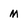
Character: m